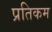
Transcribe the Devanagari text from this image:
प्रतिकम